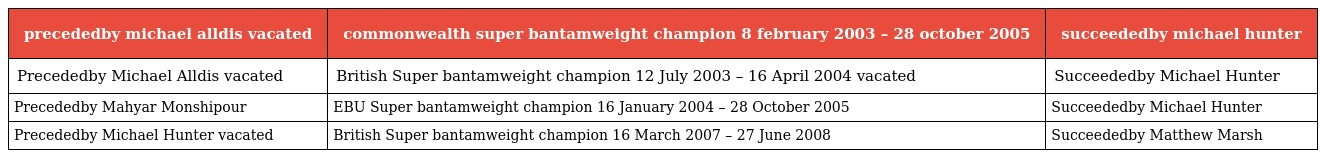
| precededby michael alldis vacated | commonwealth super bantamweight champion 8 february 2003 – 28 october 2005 | succeededby michael hunter |
 | --- | --- | --- |
 | Precededby Michael Alldis vacated | British Super bantamweight champion 12 July 2003 – 16 April 2004 vacated | Succeededby Michael Hunter |
 | Precededby Mahyar Monshipour | EBU Super bantamweight champion 16 January 2004 – 28 October 2005 | Succeededby Michael Hunter |
 | Precededby Michael Hunter vacated | British Super bantamweight champion 16 March 2007 – 27 June 2008 | Succeededby Matthew Marsh |